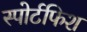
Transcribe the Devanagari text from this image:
स्पोर्टफिश